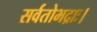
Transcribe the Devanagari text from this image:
सर्वतोभद्राः।